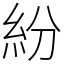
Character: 紛